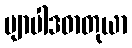
ဗျာပါဒဓာတုယာ